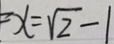
x = \sqrt { 2 } - 1